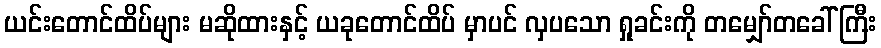
ယင်းတောင်ထိပ်များ မဆိုထားနှင့် ယခုတောင်ထိပ် မှာပင် လှပသော ရှုခင်းကို တမျှော်တခေါ်ကြီး